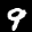
Label: 9